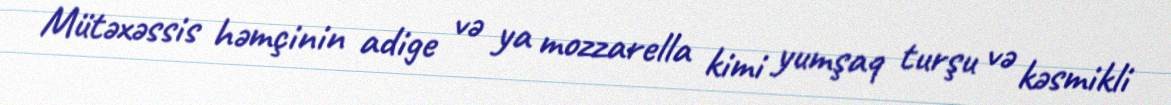
Mütəxəssis həmçinin adige və ya mozzarella kimi yumşaq turşu və kəsmikli